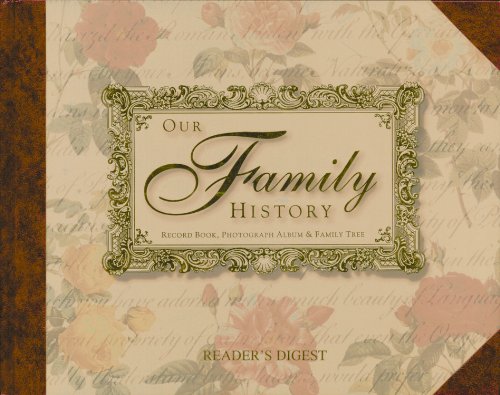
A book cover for Our Family History: Record Book, Photograph Album & Family Tree; Reference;